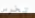
تخرس